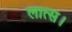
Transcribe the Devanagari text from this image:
लात्स।